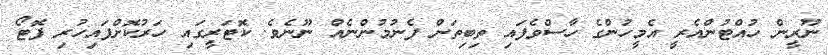
ނޫރީން ހުއްޓުންއެރީ އެމީހުންގެ ހާސްވެފައި ތިބިތަން ފެނުމުންނެއް ނޫނެވެ. ކޮޓަރީގައި ހަރުކޮށްފައިހުރި ފޮޓޯ